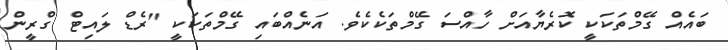
ބައެއް ގޭމްތަކަކީ ކޮރެޔާއަށް ހާއްސަ ގޭމްތަކެކެވެ. އަނެއްބައި ގޭމްތަކަކީ "ރެޑް ލައިޓް ގްރީން